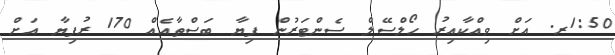
1:50ރ. އަށް ވިއްކާއިރު ހޯލްސޭލް ސެންޓަރުން ފިޔާ ބަސްތާއެއް 170 ރުފިޔާ އަށް